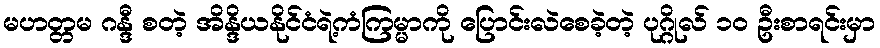
မဟတ္တမ ဂန္ဒီ စတဲ့ အိန္ဒိယနိုင်ငံရဲ့ကံကြမ္မာကို ပြောင်းလဲစေခဲ့တဲ့ ပုဂ္ဂိုလ် ၁၀ ဦးစာရင်းမှာ